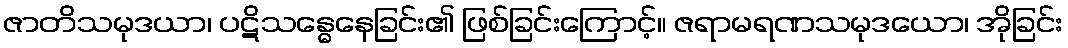
ဇာတိသမုဒယာ၊ ပဋိသန္ဓေနေခြင်း၏ ဖြစ်ခြင်းကြောင့်။ ဇရာမရဏသမုဒယော၊ အိုခြင်း